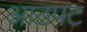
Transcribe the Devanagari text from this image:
आठपट